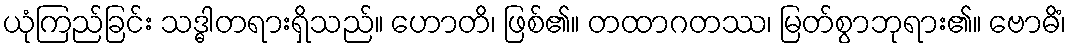
ယုံကြည်ခြင်း သဒ္ဓါတရားရှိသည်။ ဟောတိ၊ ဖြစ်၏။ တထာဂတဿ၊ မြတ်စွာဘုရား၏။ ဗောဓိံ၊